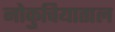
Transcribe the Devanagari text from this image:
नोकुचियाताल